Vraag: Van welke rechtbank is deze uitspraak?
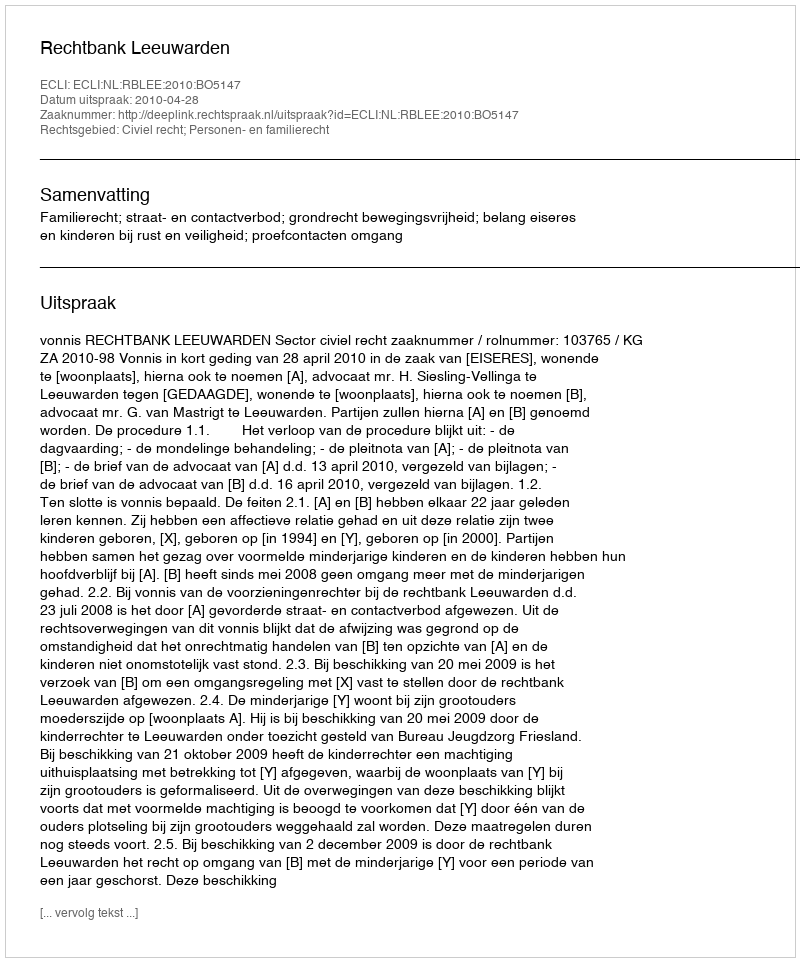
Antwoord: Rechtbank Leeuwarden